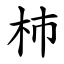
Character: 杮